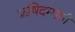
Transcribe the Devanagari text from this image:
ऋषिदम्पती